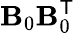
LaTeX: \mathbf{B}_{0}\mathbf{B}_{0}^{\scriptstyle{\mathsf{{T}}}}